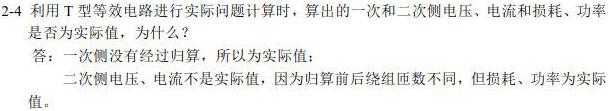
2-4 利用 T 型等效电路进行实际问题计算时，算出的一次和二次侧电压、电流和损耗、功率是否为实际值，为什么？
答：一次侧没有经过归算，所以为实际值；
二次侧电压、电流不是实际值，因为归算前后绕组匝数不同，但损耗、功率为实际值。